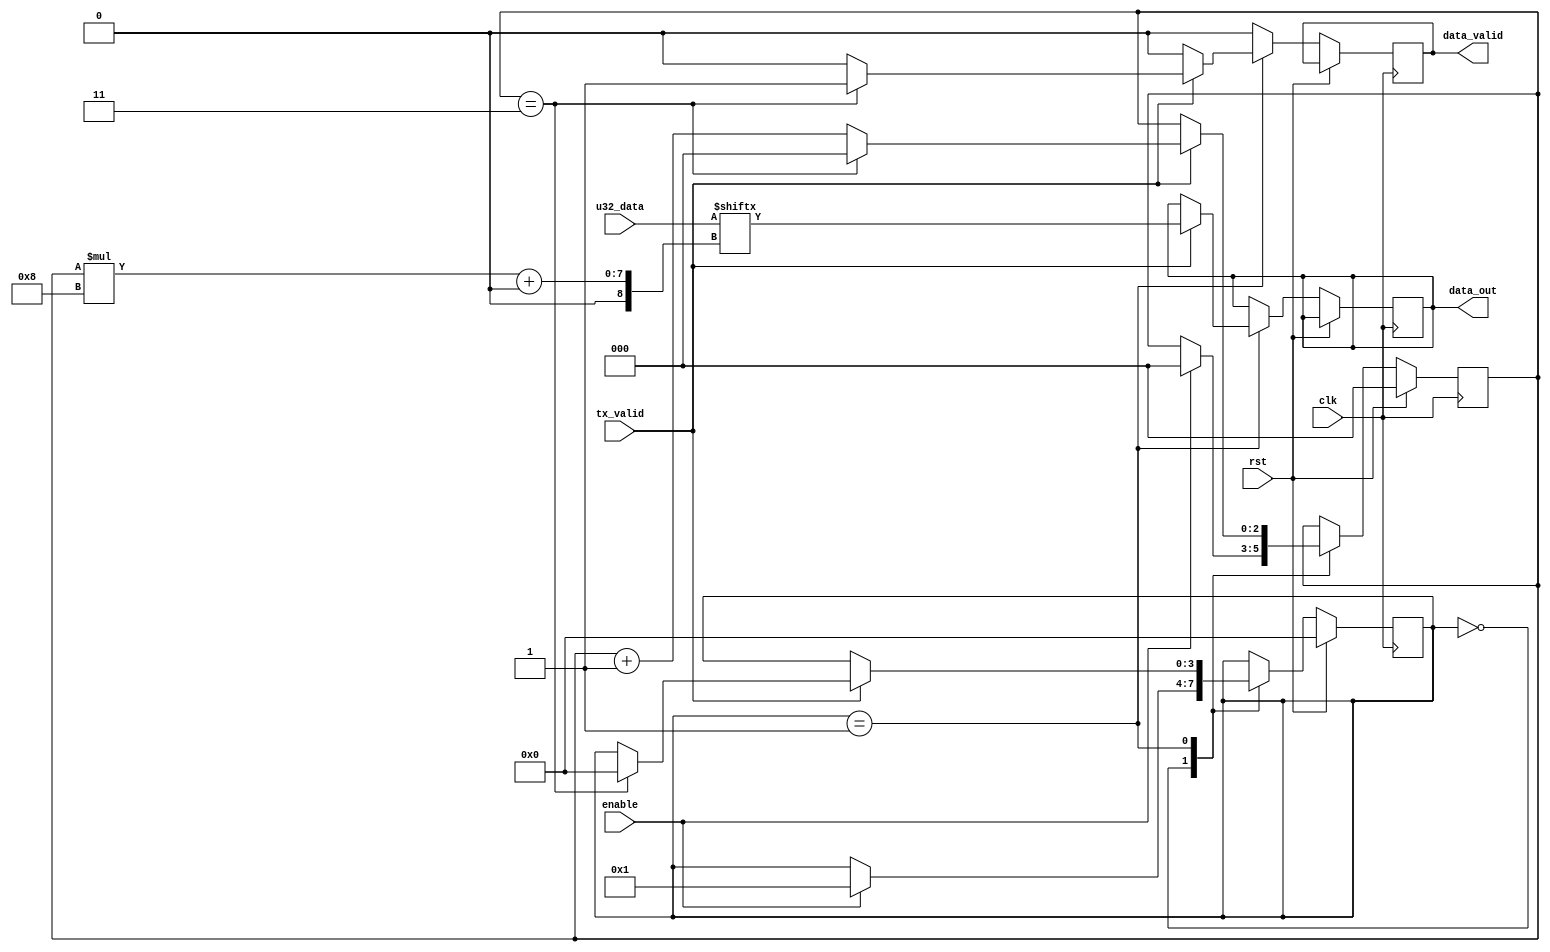
`timescale 1ns / 1ps
//////////////////////////////////////////////////////////////////////////////////
// Company: 
// Engineer: 
// 
// Design Name: 
// Module Name: uin32_transmitter
// Project Name: 
// Target Devices: 
// Tool Versions: 
// Description: 
// 
// Dependencies: 
// 
// Revision:
// Revision 0.01 - File Created
// Additional Comments:
// 
//////////////////////////////////////////////////////////////////////////////////


module uint32_transmitter(
  input clk,
  input rst,
  input enable,
  input [31:0] u32_data,
  input tx_valid,
  output reg [7:0] data_out,
  output reg data_valid = 1'b0
);

  parameter IDLE = 4'd0;
  parameter TRANSMIT = 4'd1;
  
  reg [3:0] state = IDLE;
  
  reg [2:0] count;

always @(posedge clk)
begin
   // default assignments
   if(rst)
   begin
       count <= 8'd0;
       state <= IDLE;
   end
   else
   begin
     count <= count;
     state <= state;
     data_valid <= 1'b0;
     data_out <= data_out;
     case(state)
       IDLE:
         begin
           if(enable)
           begin
             count <= 3'd0;
             data_valid <= 4'd0;
             state <= TRANSMIT;
           end
         end
       TRANSMIT:
         begin
           if(tx_valid)
              begin
                 data_out <= u32_data[(count *8 ) +:8];
                 count <= count + 1;
                 if(count == 3)
                  begin
                    count <= 0;
                    state <= IDLE;
                    data_valid <= 1'b1;
                  end
              end
          end                    
     endcase        
   end
end
endmodule